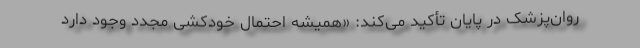
روان‌پزشک در پایان تأکید می‌کند: «همیشه احتمال خودکشی مجدد وجود دارد